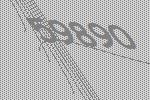
59890